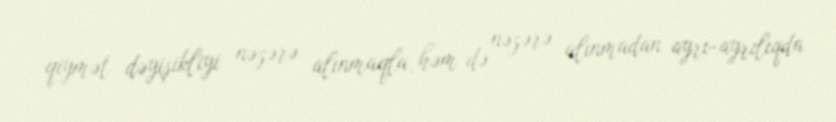
qiymət dəyişikliyi nəzərə alınmaqla, həm də nəzərə alınmadan ayrı-ayrılıqda